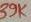
Text: 39K